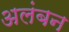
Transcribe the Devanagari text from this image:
अलंबन